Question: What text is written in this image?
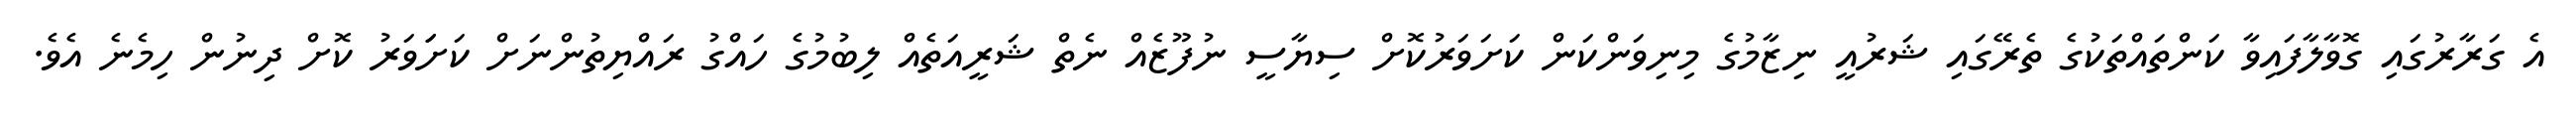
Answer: އެ ގަރާރުގައި ގޮވާލާފައިވާ ކަންތައްތަކުގެ ތެރޭގައި ޝަރުއީ ނިޒާމުގެ މިނިވަންކަން ކަށަވަރުކޮށް ސިޔާސީ ނުފޫޒެއް ނެތް ޝަރީއަތެއް ލިބުމުގެ ހައްގު ރައްޔިތުންނަށް ކަށަަވަރު ކޮށް ދިނުން ހިމެނެ އެވެ.